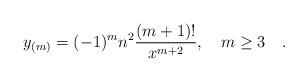
\begin{align*}y_{(m)} = (-1)^m n^2 {{(m+1)! }\over{x^{m+2}}} , \quad m \ge 3 \quad . \end{align*}